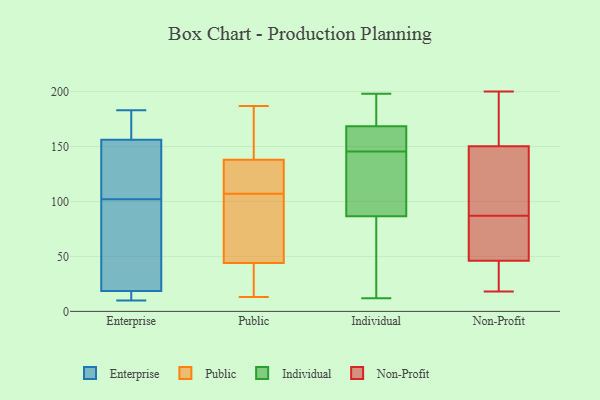
{"axis": {"x": "Waste Production (Tons)", "y": "Value"}, "legend": ["Enterprise", "Individual", "Non-Profit", "Public"], "data": [{"x": "", "y": 10, "type": "Enterprise"}, {"x": "", "y": 102, "type": "Enterprise"}, {"x": "", "y": 26, "type": "Enterprise"}, {"x": "", "y": 11, "type": "Enterprise"}, {"x": "", "y": 159, "type": "Enterprise"}, {"x": "", "y": 148, "type": "Enterprise"}, {"x": "", "y": 183, "type": "Enterprise"}, {"x": "", "y": 52, "type": "Enterprise"}, {"x": "", "y": 16, "type": "Enterprise"}, {"x": "", "y": 10, "type": "Enterprise"}, {"x": "", "y": 164, "type": "Enterprise"}, {"x": "", "y": 109, "type": "Enterprise"}, {"x": "", "y": 172, "type": "Enterprise"}, {"x": "", "y": 35, "type": "Enterprise"}, {"x": "", "y": 112, "type": "Enterprise"}, {"x": "", "y": 140, "type": "Public"}, {"x": "", "y": 157, "type": "Public"}, {"x": "", "y": 50, "type": "Public"}, {"x": "", "y": 80, "type": "Public"}, {"x": "", "y": 187, "type": "Public"}, {"x": "", "y": 99, "type": "Public"}, {"x": "", "y": 13, "type": "Public"}, {"x": "", "y": 149, "type": "Public"}, {"x": "", "y": 21, "type": "Public"}, {"x": "", "y": 132, "type": "Public"}, {"x": "", "y": 107, "type": "Public"}, {"x": "", "y": 42, "type": "Public"}, {"x": "", "y": 179, "type": "Public"}, {"x": "", "y": 132, "type": "Public"}, {"x": "", "y": 36, "type": "Public"}, {"x": "", "y": 78, "type": "Public"}, {"x": "", "y": 110, "type": "Public"}, {"x": "", "y": 39, "type": "Public"}, {"x": "", "y": 122, "type": "Public"}, {"x": "", "y": 103, "type": "Individual"}, {"x": "", "y": 70, "type": "Individual"}, {"x": "", "y": 136, "type": "Individual"}, {"x": "", "y": 161, "type": "Individual"}, {"x": "", "y": 31, "type": "Individual"}, {"x": "", "y": 198, "type": "Individual"}, {"x": "", "y": 175, "type": "Individual"}, {"x": "", "y": 12, "type": "Individual"}, {"x": "", "y": 155, "type": "Individual"}, {"x": "", "y": 122, "type": "Individual"}, {"x": "", "y": 175, "type": "Individual"}, {"x": "", "y": 162, "type": "Individual"}, {"x": "", "y": 136, "type": "Non-Profit"}, {"x": "", "y": 49, "type": "Non-Profit"}, {"x": "", "y": 18, "type": "Non-Profit"}, {"x": "", "y": 196, "type": "Non-Profit"}, {"x": "", "y": 37, "type": "Non-Profit"}, {"x": "", "y": 81, "type": "Non-Profit"}, {"x": "", "y": 200, "type": "Non-Profit"}, {"x": "", "y": 108, "type": "Non-Profit"}, {"x": "", "y": 193, "type": "Non-Profit"}, {"x": "", "y": 60, "type": "Non-Profit"}, {"x": "", "y": 87, "type": "Non-Profit"}, {"x": "", "y": 120, "type": "Non-Profit"}, {"x": "", "y": 22, "type": "Non-Profit"}]}